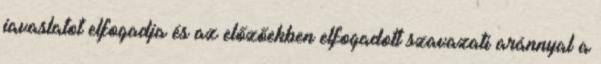
javaslatot elfogadja és az előzőekben elfogadott szavazati aránnyal a